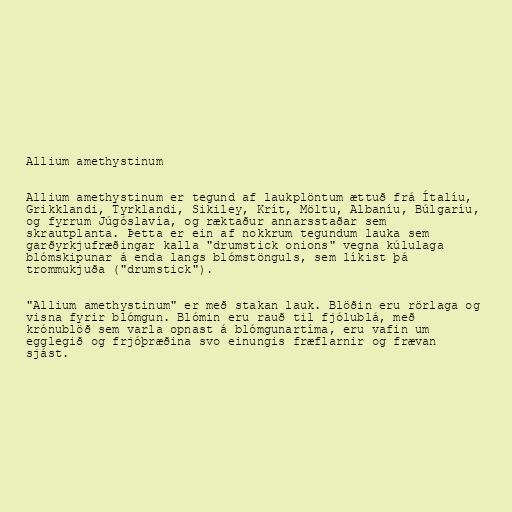
Allium amethystinum

Allium amethystinum er tegund af laukplöntum ættuð frá Ítalíu,
Grikklandi, Tyrklandi, Sikiley, Krít, Möltu, Albaníu, Búlgaríu,
og fyrrum Júgóslavía, og ræktaður annarsstaðar sem
skrautplanta. Þetta er ein af nokkrum tegundum lauka sem
garðyrkjufræðingar kalla "drumstick onions" vegna kúlulaga
blómskipunar á enda langs blómstönguls, sem líkist þá
trommukjuða ("drumstick").

"Allium amethystinum" er með stakan lauk. Blöðin eru rörlaga og
visna fyrir blómgun. Blómin eru rauð til fjólublá, með
krónublöð sem varla opnast á blómgunartíma, eru vafin um
egglegið og frjóþræðina svo einungis fræflarnir og frævan
sjást.